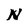
Character: N